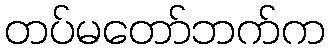
တပ်မတော်ဘက်က